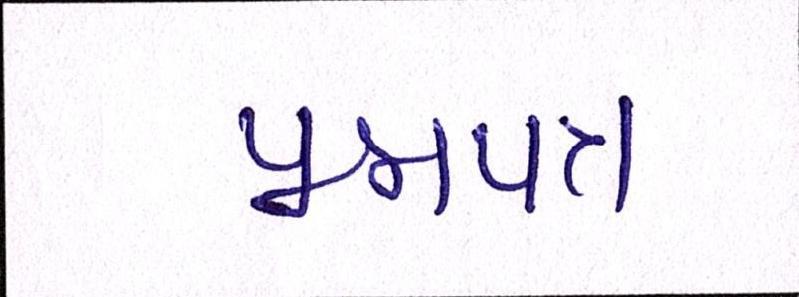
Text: પ્રશ્નપત્ર